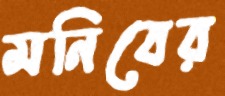
মনিবের